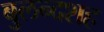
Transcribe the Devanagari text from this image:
बुलन्दशह